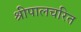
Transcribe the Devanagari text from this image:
श्रीपालचरित